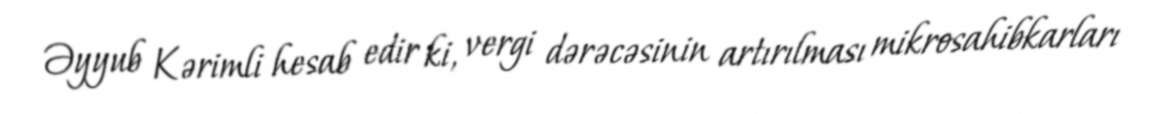
Əyyub Kərimli hesab edir ki, vergi dərəcəsinin artırılması mikrosahibkarları